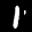
Label: 1